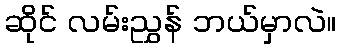
ဆိုင် လမ်းညွှန် ဘယ်မှာလဲ။